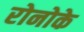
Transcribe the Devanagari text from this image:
रोनोके